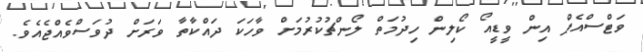
ވަޓްސްއެޕް އިން ވީޑީއޯ ކޯލިން ހިދުމަތް ލޯންޗުކުރުމަށް ވާހަކަ ދައްކާތާ ވަރަށް ދުވަސްވެއްޖެއެވެ.